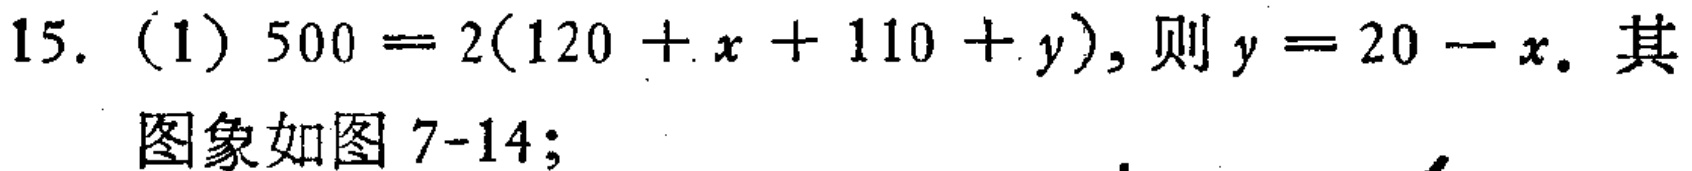
15. (1) \(500 = 2(120 + x + 110 + y)\), 则 \(y = 20 - x\). 其图象如图7-14;